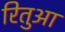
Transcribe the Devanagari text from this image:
रितुआ